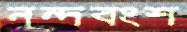
নন্দবংশ